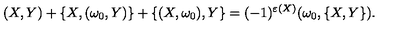
( X , Y ) + \{ X , ( \omega _ { 0 } , Y ) \} + \{ ( X , \omega _ { 0 } ) , Y \} = ( - 1 ) ^ { \varepsilon ( X ) } ( \omega _ { 0 } , \{ X , Y \} ) .